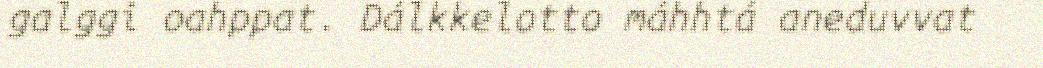
galggi oahppat. Dálkkelotto máhhtá aneduvvat